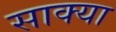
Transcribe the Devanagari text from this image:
साक्या